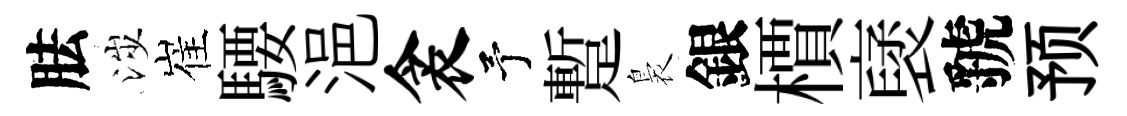
胠涉崔騕浥衾予蹔裊銀檟裦虢预